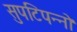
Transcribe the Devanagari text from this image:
सुपटिपन्नो